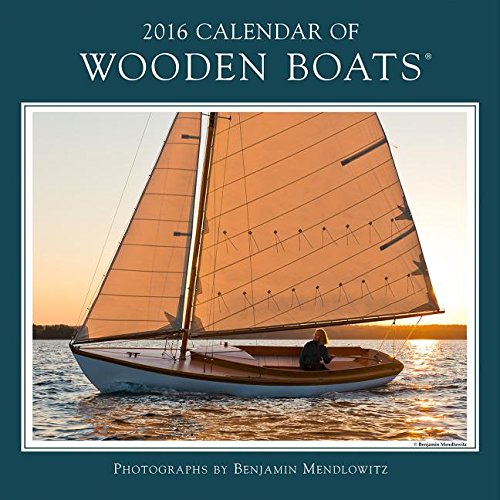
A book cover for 2016 Calendar of Wooden Boats; Calendars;